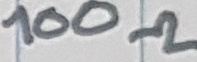
Text: 100Ω